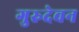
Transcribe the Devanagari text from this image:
गुरुदेवन